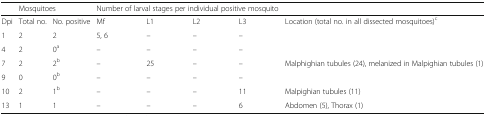
|  | <COLSPAN=2> Mosquitoes | <COLSPAN=4> Number of larval stages per individual positive mosquito |  |
 | --- | --- | --- | --- | --- | --- | --- | --- |
 | Dpi | Total no. | No. positive | Mf | L1 | L2 | L3 | Location (total no. in all dissected mosquitoes)c |
 | 1 | 2 | 2 | 5, 6 | – | – | – | <ROWSPAN=2>  |
 | 4 | 2 | 0a | – | – | – | – |
 | 7 | 2 | 2b | – | 25 | – | – | Malphighian tubules (24), melanized in Malpighian tubules (1) |
 | 9 | 0 | 0b | – | – | – | – |  |
 | 10 | 2 | 1b | – | – | – | 11 | Malpighian tubules (11) |
 | 13 | 1 | 1 | – | – | – | 6 | Abdomen (5), Thorax (1) |